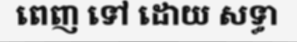
ពេញ ទៅ ដោយ សទ្ធា